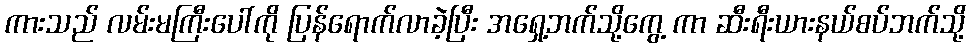
ကားသည် လမ်းမကြီးပေါ်ကို ပြန်ရောက်လာခဲ့ပြီး အရှေ့ဘက်သို့ကွေ့ ကာ ဆီးရီးယားနယ်စပ်ဘက်သို့